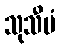
သုသီမံ